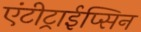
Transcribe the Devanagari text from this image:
एंटीट्राईप्सिन